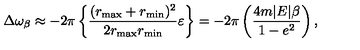
\Delta \omega _ { \beta } \approx - 2 \pi \left\{ \frac { ( r _ { \max } + r _ { \min } ) ^ { 2 } } { 2 r _ { \max } r _ { \min } } \varepsilon \right\} = - 2 \pi \left( \frac { 4 m | E | \beta } { 1 - e ^ { 2 } } \right) ,